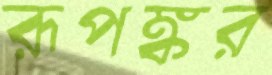
রূপঙ্কর